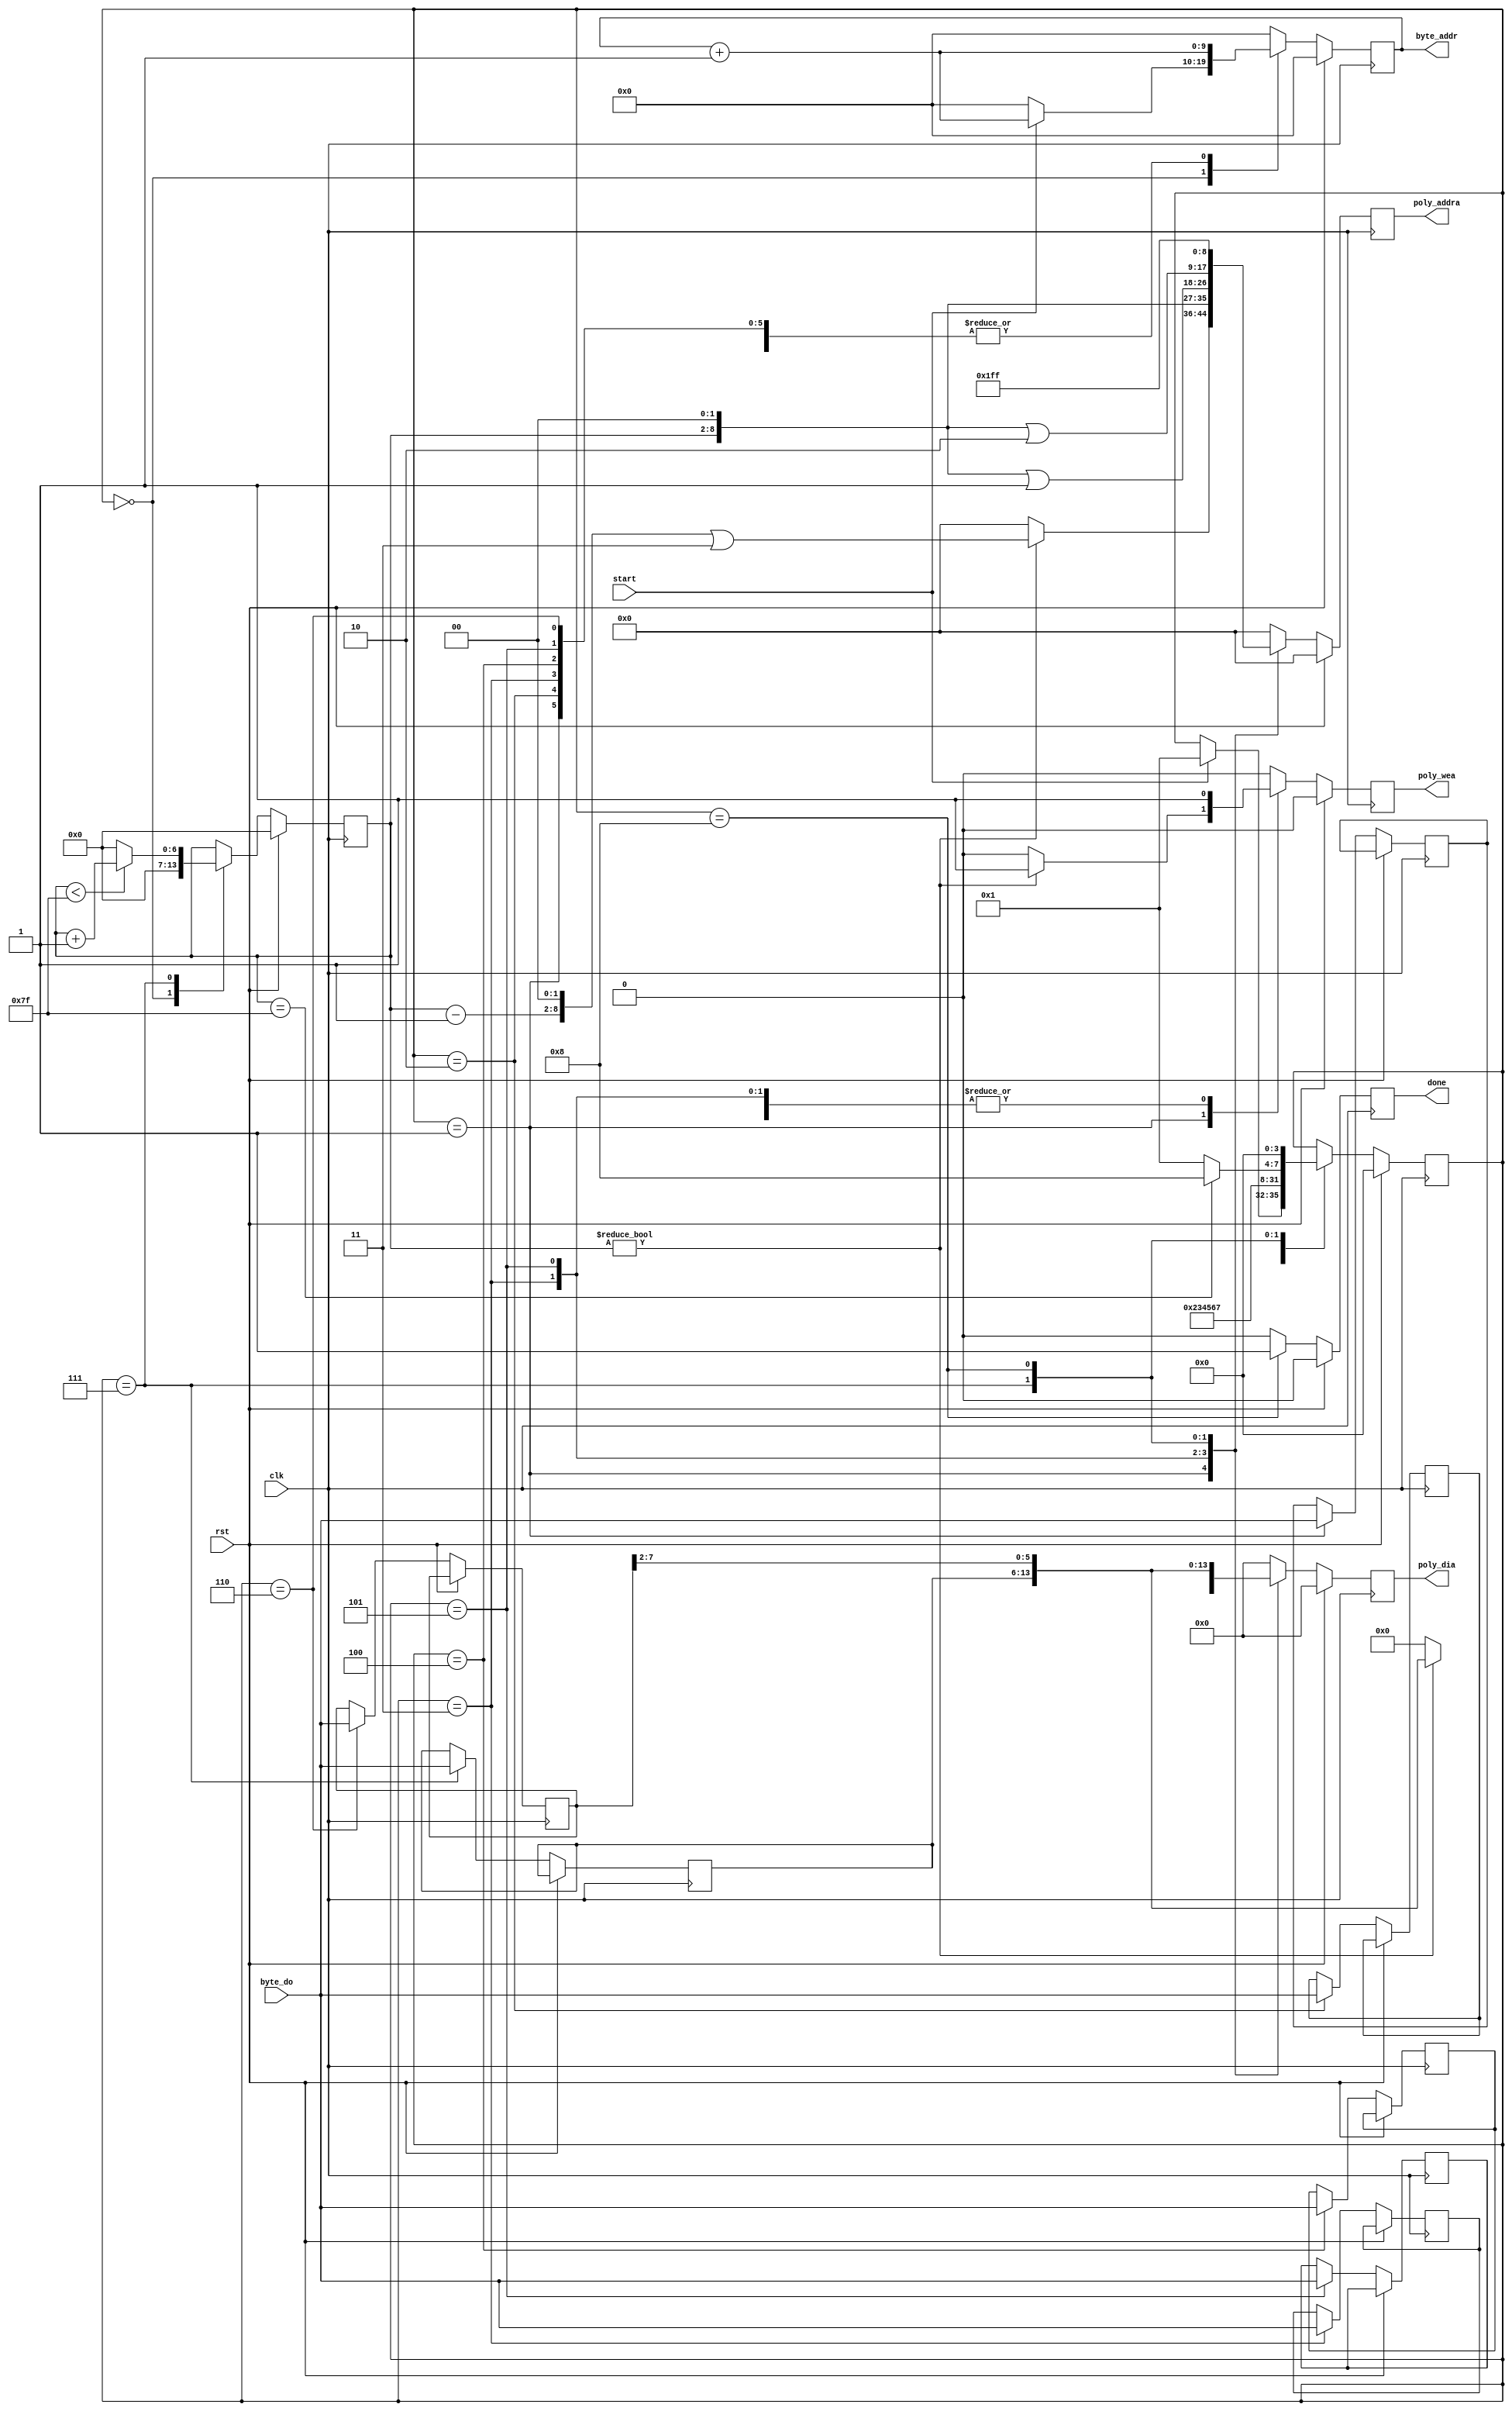
`timescale 1ns / 1ps
//////////////////////////////////////////////////////////////////////////////////
// Company: 
// Engineer: 
// 
// Design Name: 
// Module Name: polynomial_decoder
// Project Name: 
// Target Devices: 
// Tool Versions: 
// Description: 
// 
// Dependencies: 
// 
// Revision:
// Revision 0.01 - File Created
// Additional Comments:
// 
//////////////////////////////////////////////////////////////////////////////////


module polynomial_decoder(
    // basic inputs
    input clk,
    input rst,
    // control inputs
    input start,
    output reg done,
    // Input RAM signals
    output reg [9:0] byte_addr,
    input [7:0] byte_do,
    // output RAM signals
    output reg poly_wea,
    output reg [8:0] poly_addra,
    output [15:0] poly_dia
    );
    localparam
        HOLD    = 4'd0,
        LOAD_A0 = 4'd1,
        LOAD_A1 = 4'd2,
        LOAD_A2 = 4'd3,
        LOAD_A3 = 4'd4,
        LOAD_A4 = 4'd5,
        LOAD_A5 = 4'd6,
        LOAD_A6 = 4'd7,
        FINAL   = 4'd8;
    reg [3:0] state = HOLD, state_next;

    reg [6:0] i = 0;
    reg [7:0] a0, a1, a2, a3, a4, a5, a6; // an corresponds to a_(i+n) in algorithmic description
    
    reg [15:0] poly_out;
    assign poly_dia = poly_out;
    
     // combinational state logic
    always @(*) begin
        state_next = state;
    
        case (state) 
        HOLD: begin
            state_next = (start) ? LOAD_A0 : state_next;
        end
        LOAD_A0: begin
            state_next = LOAD_A1;
        end
        LOAD_A1: begin
            state_next = LOAD_A2;
        end
        LOAD_A2: begin
            state_next = LOAD_A3;
        end      
        LOAD_A3: begin
            state_next = LOAD_A4;
        end 
        LOAD_A4: begin
            state_next = LOAD_A5;
        end
        LOAD_A5: begin
            state_next = LOAD_A6;
        end
        LOAD_A6: begin
           state_next = (i == 127) ? FINAL : LOAD_A0;
        end
        FINAL : begin
            state_next = HOLD;
        end
        endcase
    end
    
    // sequential state logic
    always @(posedge clk) begin
        state <= (rst) ? HOLD : state_next;
    end
    
    always @(posedge clk) begin
        // defaults
        done <= 1'b0;
        byte_addr <= 0;
        i <= i;
        
        // poly ram defaults
        poly_wea   <= 0;
        poly_addra <= 0;
        poly_out   <= 0;
    
        if (rst == 1'b1) begin
            i <= 0;
        end else begin
            case (state) 
            HOLD: begin
                i <= 0;
                if (start) begin
                    byte_addr <= byte_addr + 1;
                end
            end
            LOAD_A0: begin
                a0 <= byte_do;
                byte_addr <= byte_addr + 1; 
                
                // store r_(4i+3) from last round
                if (i != 0) begin
                    poly_addra <= ((i-1) << 2) | 3;
                    poly_wea <= 1;
                    poly_out <= {2'b00, a6, a5[7:2]};
                end
            end
            LOAD_A1: begin
                a1 <= byte_do;
                byte_addr <= byte_addr + 1; 
            end
            LOAD_A2: begin
                a2 <= byte_do;
                byte_addr <= byte_addr + 1; 
                
                // store r_(4i)
                poly_addra <= (i << 2);
                poly_wea <= 1;
                poly_out <= {2'b00, a1[5:0], a0};
            end      
            LOAD_A3: begin
                a3 <= byte_do;
                byte_addr <= byte_addr + 1; 
            end 
            LOAD_A4: begin
                a4 <= byte_do;
                byte_addr <= byte_addr + 1; 
                
                // store r_(4i+1)
                poly_addra <= (i << 2) | 1;
                poly_wea <= 1;
                poly_out <= {2'b00, a3[3:0], a2, a1[7:6]};
            end
            LOAD_A5: begin
                a5 <= byte_do;
                byte_addr <= byte_addr + 1; 
            end
            LOAD_A6: begin
                a6 <= byte_do;
                byte_addr <= byte_addr + 1;
                i <= (i < 127) ? i + 1 : 0; 
                
                // store r_(4i+2)
                poly_addra <= (i << 2) | 2;
                poly_wea <= 1;
                poly_out <= {2'b00, a5[1:0], a4, a3[7:4]};
            end
            FINAL: begin
                done <= 1;
            
                // store r_(4i+3) from final round
                poly_addra <= (127 << 2) | 3;
                poly_wea <= 1;
                poly_out <= {2'b00, a6, a5[7:2]};
            end
            endcase
        end
    end
    
endmodule